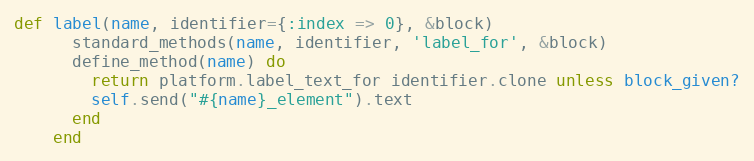
Language: Ruby
def label(name, identifier={:index => 0}, &block)
      standard_methods(name, identifier, 'label_for', &block)
      define_method(name) do
        return platform.label_text_for identifier.clone unless block_given?
        self.send("#{name}_element").text
      end
    end